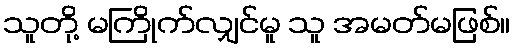
သူတို့ မကြိုက်လျှင်မူ သူ အမတ်မဖြစ်။